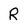
Character: R